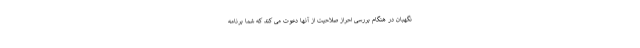
نگهبان در هنگام بررسی احراز صلاحیت از آنها دعوت می کند که شما برنامه